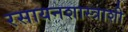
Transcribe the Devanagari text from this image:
रसायनशास्त्राशी